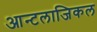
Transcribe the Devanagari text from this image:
आन्टलाजिकल